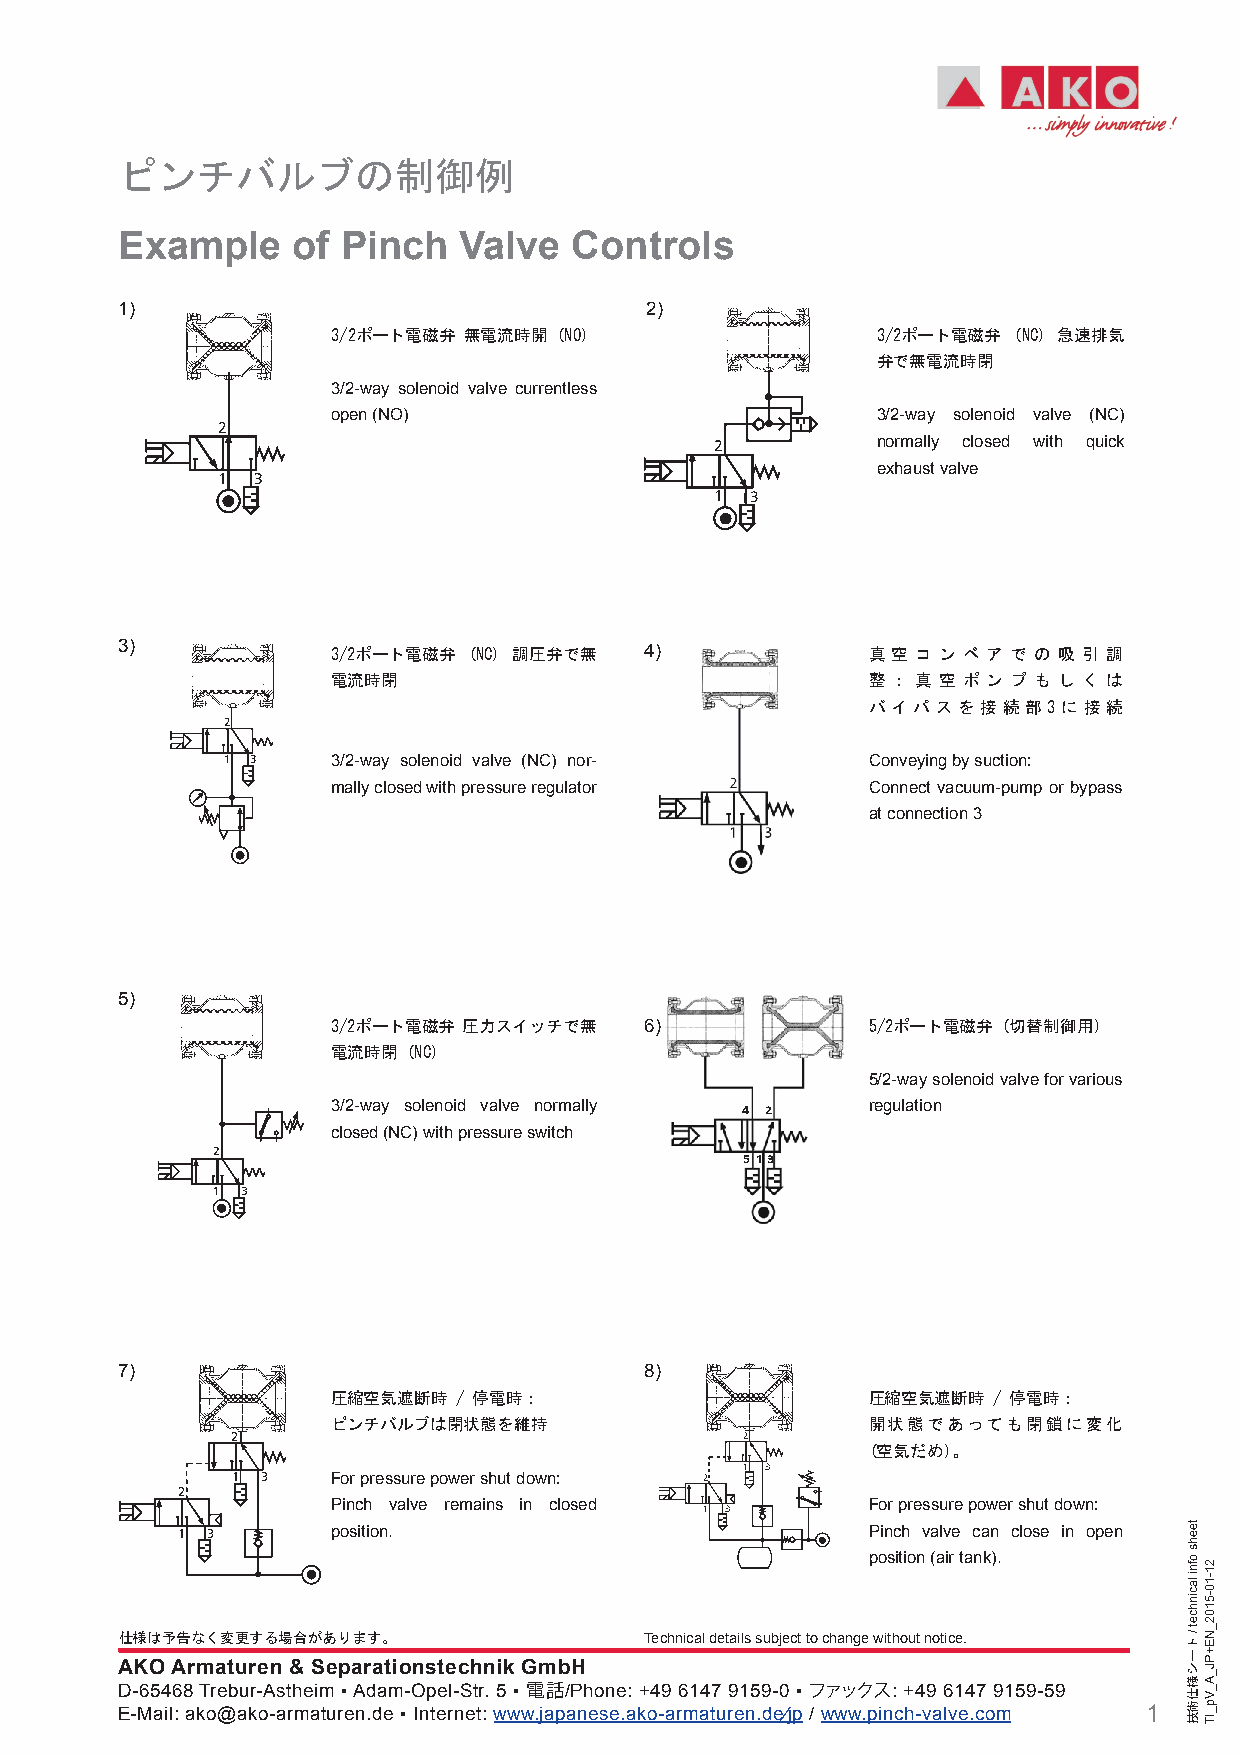
ピンチバルブの制御例
 Example    of  Pinch  Valve   Controls
 1)                                 2)
 3/2ポート電磁弁 無電流時開 (NO)                3/2ポート電磁弁 (NC) 急速排気
 弁で無電流時閉
 3/2-way solenoid valve currentless
 open (NO)                           3/2-way solenoid valve (NC)
 2
 2          normally closed with quick
 exhaust valve
 1  3
 1  3
 3)            3/2ポート電磁弁 (NC) 調圧弁で無 4)            真 空 コ ン ベ ア で の 吸 引 調
 電流時閉                               整 ： 真 空 ポ ン プ も し く は
 バイパスを接続部3に接続
 2
 1 3    3/2-way solenoid valve (NC) nor-   Conveying by suction:
 mally closed with pressure regulator Connect vacuum-pump or bypass
 at connection 3
 5)
 3/2ポート電磁弁 圧力スイッチで無   6)            5/2ポート電磁弁 (切替制御用)
 電流時閉 (NC)
 5/2-way solenoid valve for various
 3/2-way solenoid valve normally 4 2 regulation
 closed (NC) with pressure switch
 2
 5 1 3
 1 3
 7)                                 8)
 圧縮空気遮断時 / 停電時：                     圧縮空気遮断時  / 停電時：
 ピンチバルブは閉状態を維持                      開状態であっても閉鎖に変化
 2                                 2
 (空気だめ)。
 1 3
 1 3    For pressure power shut down: 2
 2
 Pinch valve remains in closed 1 3  For pressure power shut down:
 1 3       position.                          Pinch valve can close in open
 position (air tank).
 仕様は予告なく変更する場合があります。                Technical details subject to change without notice.
 AKO Armaturen & Separationstechnik GmbH
 D-65468 Trebur-Astheim ▪ Adam-Opel-Str. 5 ▪ 電話/Phone: +49 6147 9159-0 ▪ ファックス: +49 6147 9159-59
 E-Mail: ako@ako-armaturen.de ▪ Internet: www.japanese.ako-armaturen.de/jp / www.pinch-valve.com 1
 teehs
 ofni
 lacinhcet
 / トーシ様仕術技
 21-10-5102_NE+PJ_A_Vp_IT